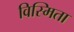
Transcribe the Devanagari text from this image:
विस्मिता